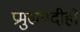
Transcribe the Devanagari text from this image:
प्रमुखपदीही